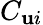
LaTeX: {C_{\mathbf{u}i}}